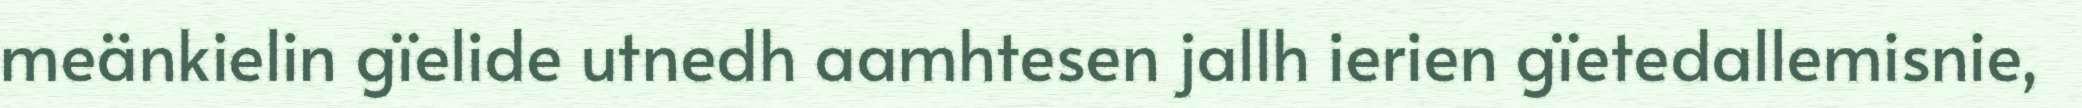
meänkielin gïelide utnedh aamhtesen jallh ierien gïetedallemisnie,